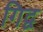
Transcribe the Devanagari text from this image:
गिद्व